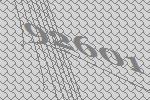
92601